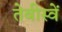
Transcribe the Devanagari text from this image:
तेबीस्वें